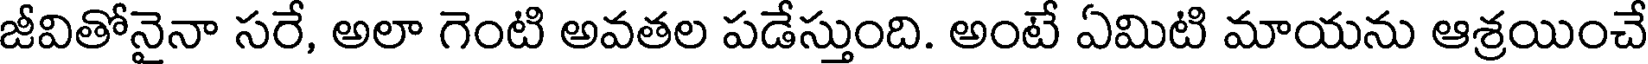
జీవితోనైనా సరే, అలా గెంటి అవతల పడేస్తుంది. అంటే ఏమిటి మాయను ఆశ్రయించే